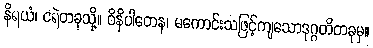
နိရယံ၊ ငရဲတခုသို့။ ဝိနိပါတေန၊ မကောင်းသဖြင့်ကျသောဒုဂ္ဂတိတခုမှ။